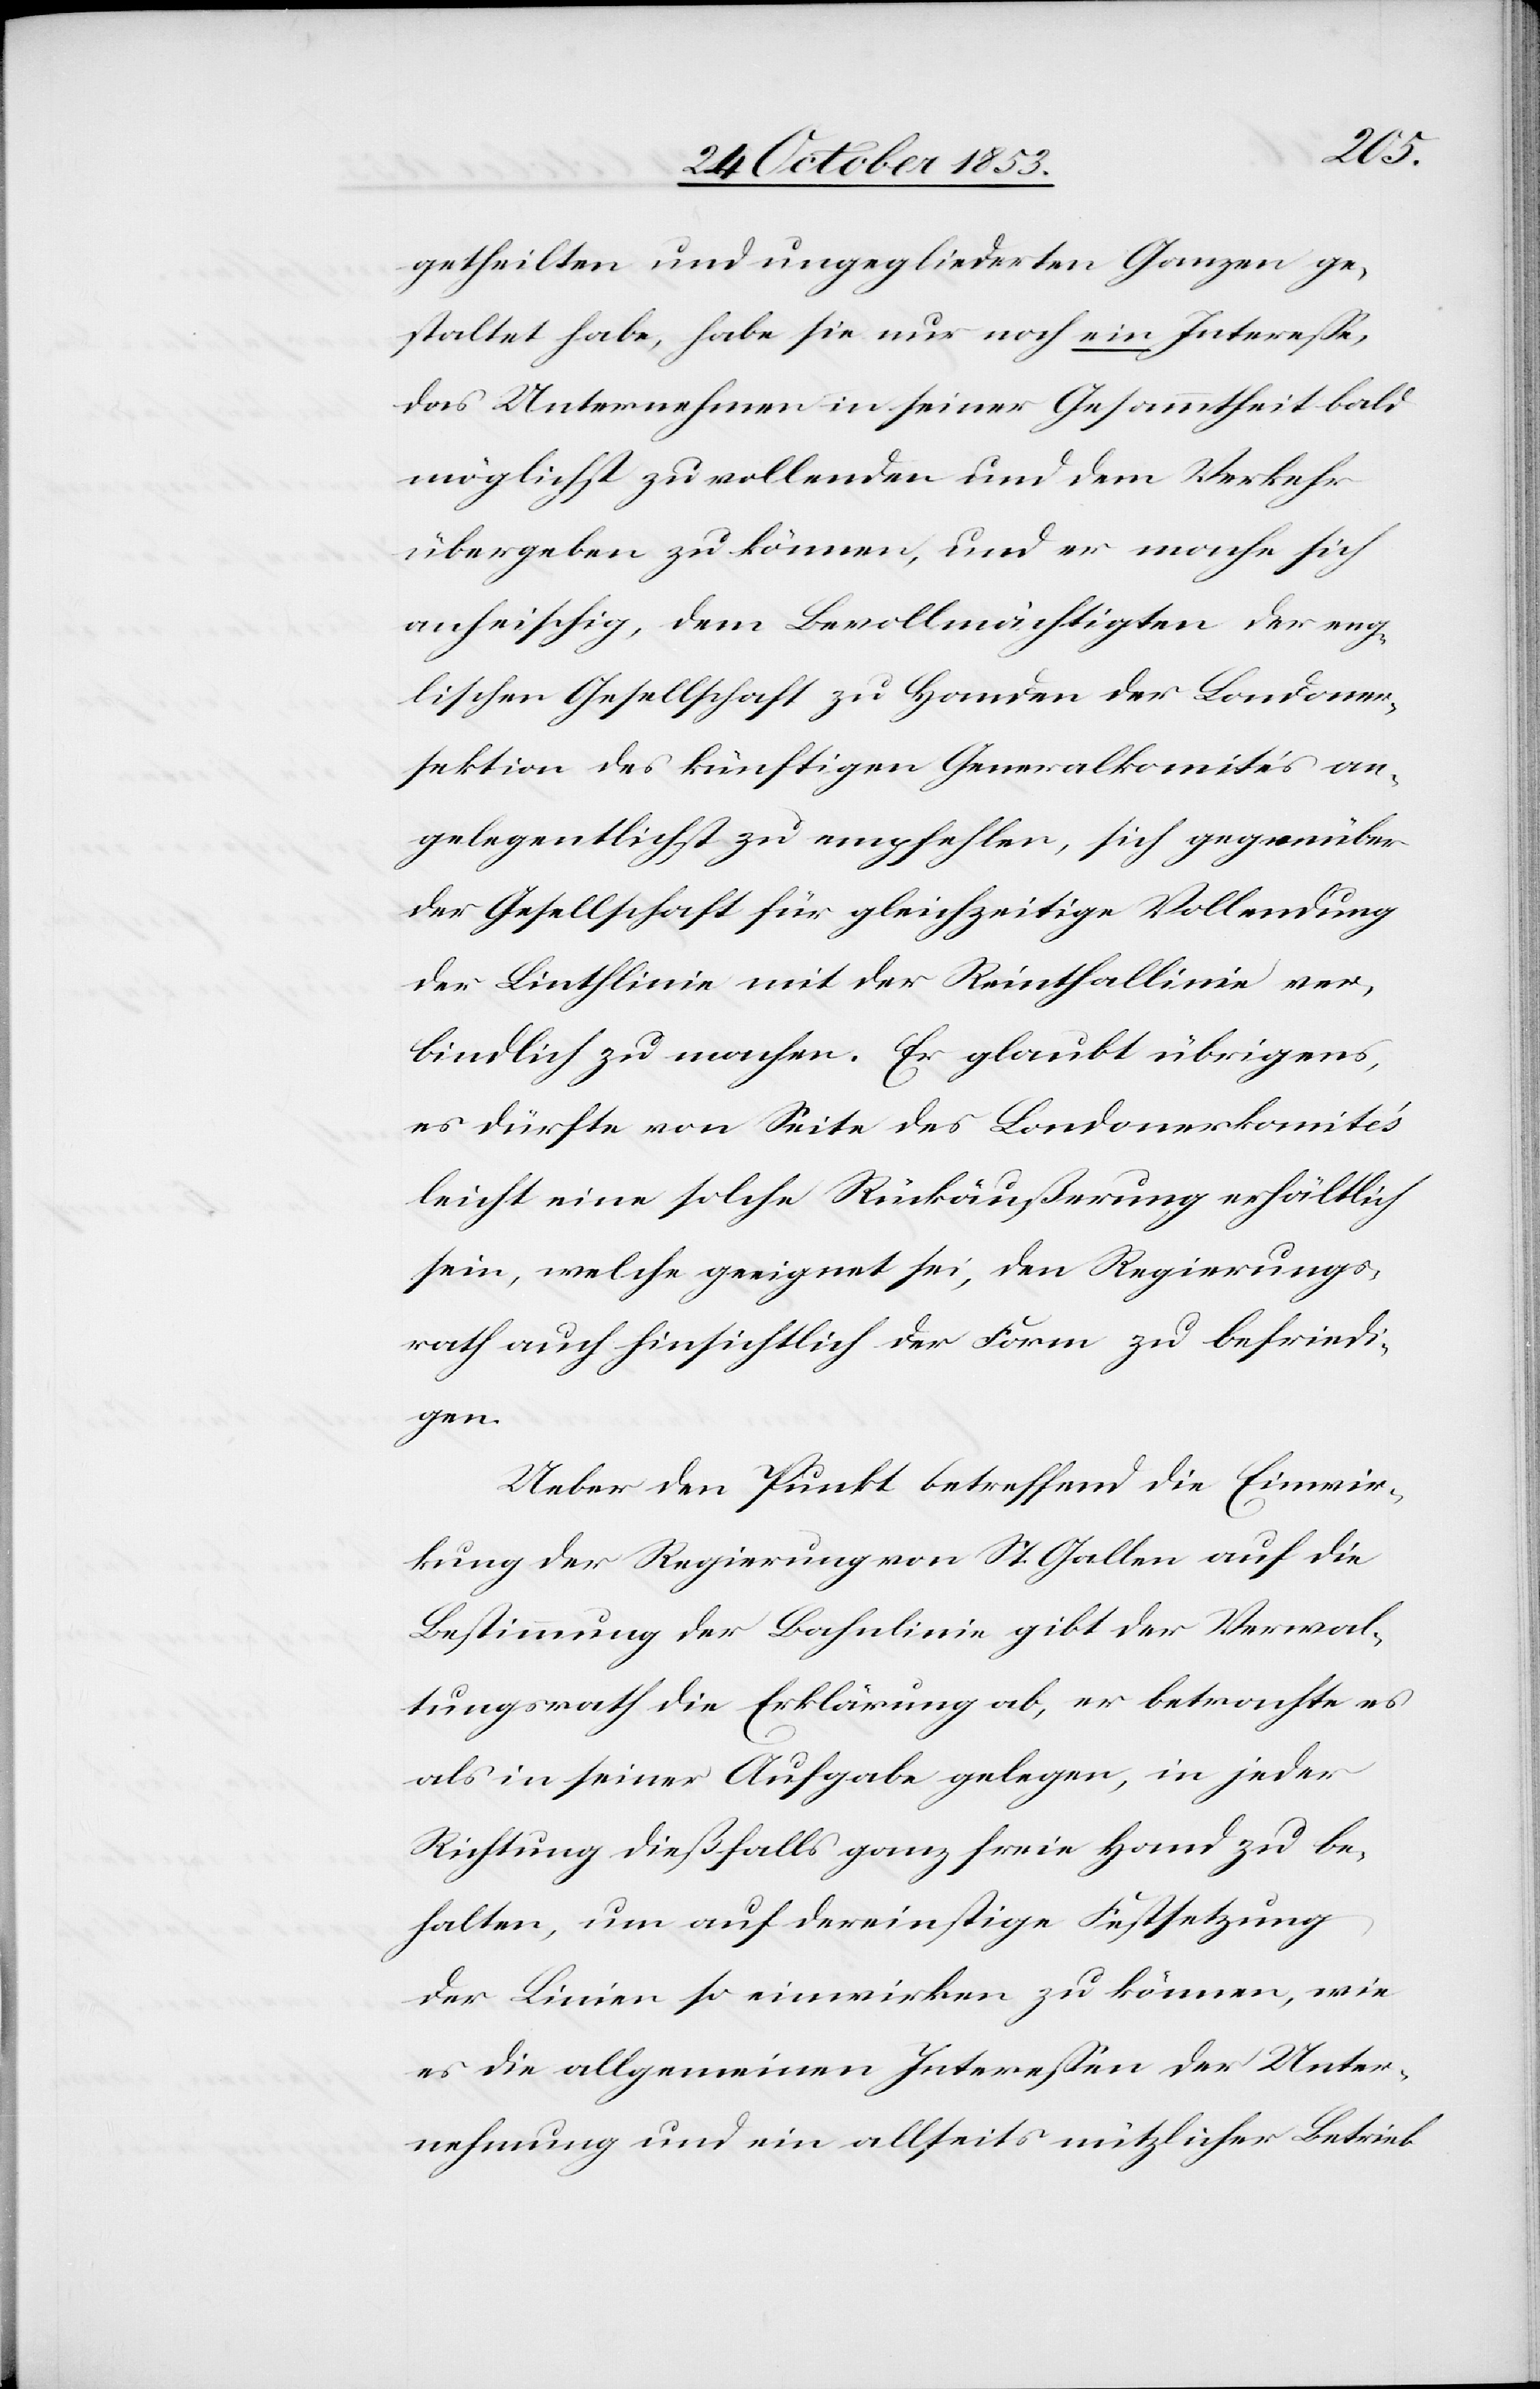
ver¬
getheilten und ungegliederten Ganzen ge¬
staltet habe, habe sie nur noch ein Intereße,
das Unternehmen in seiner Gesammtheit bald
möglichst zu vollenden und dem Verkehr
übergeben zu können, und er mache sich
anheischig, dem Bevollmächtigten der eng¬
lischen Gesellschaft zu Handen der Londoner¬
sektion des künftigen Generalkomité’s an¬
gelegentlichst zu empfehlen, sich gegenüber
der Gesellschaft für gleichzeitige Vollendung
der Linthlinie mit der Reinthallinie [s¬
bindlich zu machen. Er glaubt übrigens,
es dürfte von Seite des Londonderkomité’s
leicht eine solche Rückäußerung erhältlich
sein, welche geeignet sei, den Regierungs¬
rath auch hinsichtlich der Form zu befriedi¬
gen.
Ueber den Punkt betreffend die Einwir¬
kung der Regierung von St. Gallen auf die
Bestimmung der Bahnlinie gibt der Verwal¬
tungsrath die Erklärung ab, er betrachte es
als in seiner Aufgabe gelegen, in jeder
Richtung dießfalls ganz freie Hand zu be¬
halten, um auf dereinstige Festsetzung
der Linien so einwirken zu können, wie
es die allgemeinen Intereßen der Unter¬
nehmung und ein allseits nützlicher Betrieb